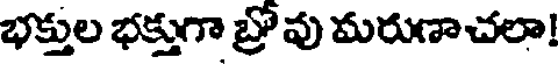
భక్తుల భక్తుగా బ్రోవు మరుణాచలా!